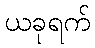
ယခုရက်